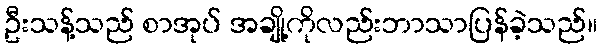
ဦးသန့်သည် စာအုပ် အချို့ကိုလည်းဘာသာပြန်ခဲ့သည်။